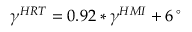
\gamma ^ { H R T } = 0 . 9 2 \ast \gamma ^ { H M I } + 6 \, ^ { \circ }